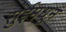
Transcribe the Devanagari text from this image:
सुईमधून